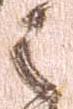
之